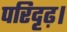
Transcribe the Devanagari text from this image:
परिदृढ़।